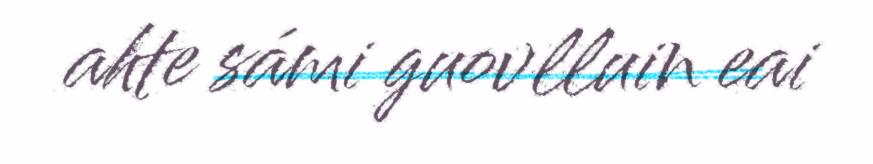
ahte sámi guovlluin eai